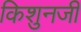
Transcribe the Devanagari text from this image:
किशुनजी